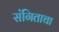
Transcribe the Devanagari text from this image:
संगिताचा